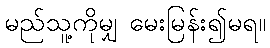
မည်သူ့ကိုမျှ မေးမြန်း၍မရ။